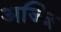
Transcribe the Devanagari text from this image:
अज्जि